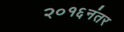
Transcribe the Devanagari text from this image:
२०१६नंतर